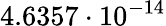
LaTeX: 4.6357\cdot 10^{-14}